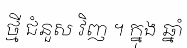
ថ្មី ជំនួស វិញ ។ ក្នុង ឆ្នាំ